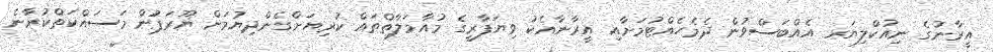
އީރާނުގެ ނިއުކްލިޔަރ އެއްބަސްވުން ދެމެހެއްޓުމަށާއި އީރާނާއެކު ވިޔަފާރީގެ މުއާމަލާތްތައް ކުރިޔަށްގެންދިޔުމަށް ޔޫރަޕުން މަސައްކަތްކުރާނެ